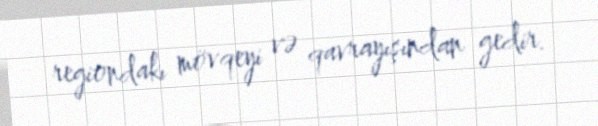
regiondakı mövqeyi və qavrayışından gedir.